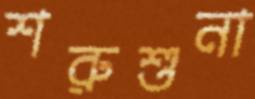
শরুশুনা